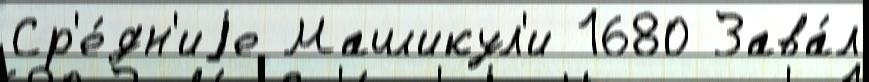
Ср'е́дн'иjе Машикул'и 1680 Зава́л